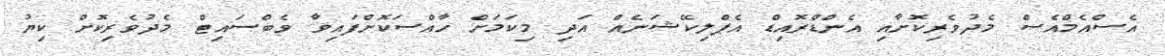
އެސްއެމްއެސް މެދުވެރިކޮށާއި އެންޑްރޮއިޑް އެޕްލިކޭޝަނެއް އަދި މިކަމަށް ހާއްސަކޮށްފައިވާ ވެބްސައިޓް މެދުވެރިކޮށް ކިޔު